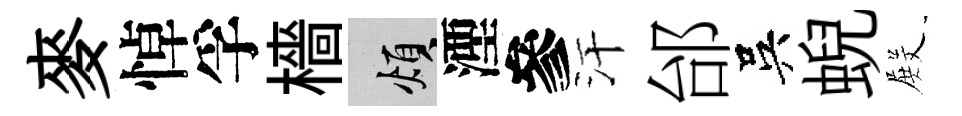
麥悼孚檣煩湮參汗邰吳蜺𭮺